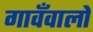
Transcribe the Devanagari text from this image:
गावँवालों